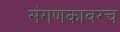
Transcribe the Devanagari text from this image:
संगणकावरच